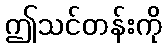
ဤသင်တန်းကို